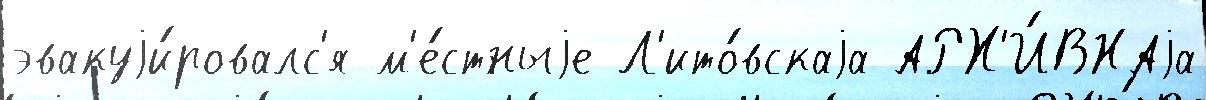
эвакуjи́ровалс'я м'е́стныjе Л'ито́вскаjа АРХ'И́ВНАjа